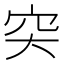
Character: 𥤮